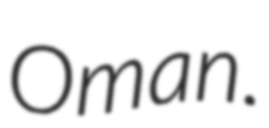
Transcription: Oman.